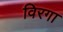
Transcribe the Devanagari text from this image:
विरगा